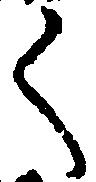
く